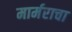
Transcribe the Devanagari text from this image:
मार्मराचा